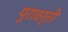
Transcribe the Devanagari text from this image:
पुरावर्ती